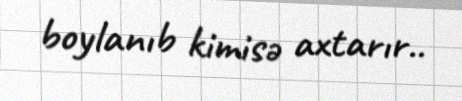
boylanıb kimisə axtarır..